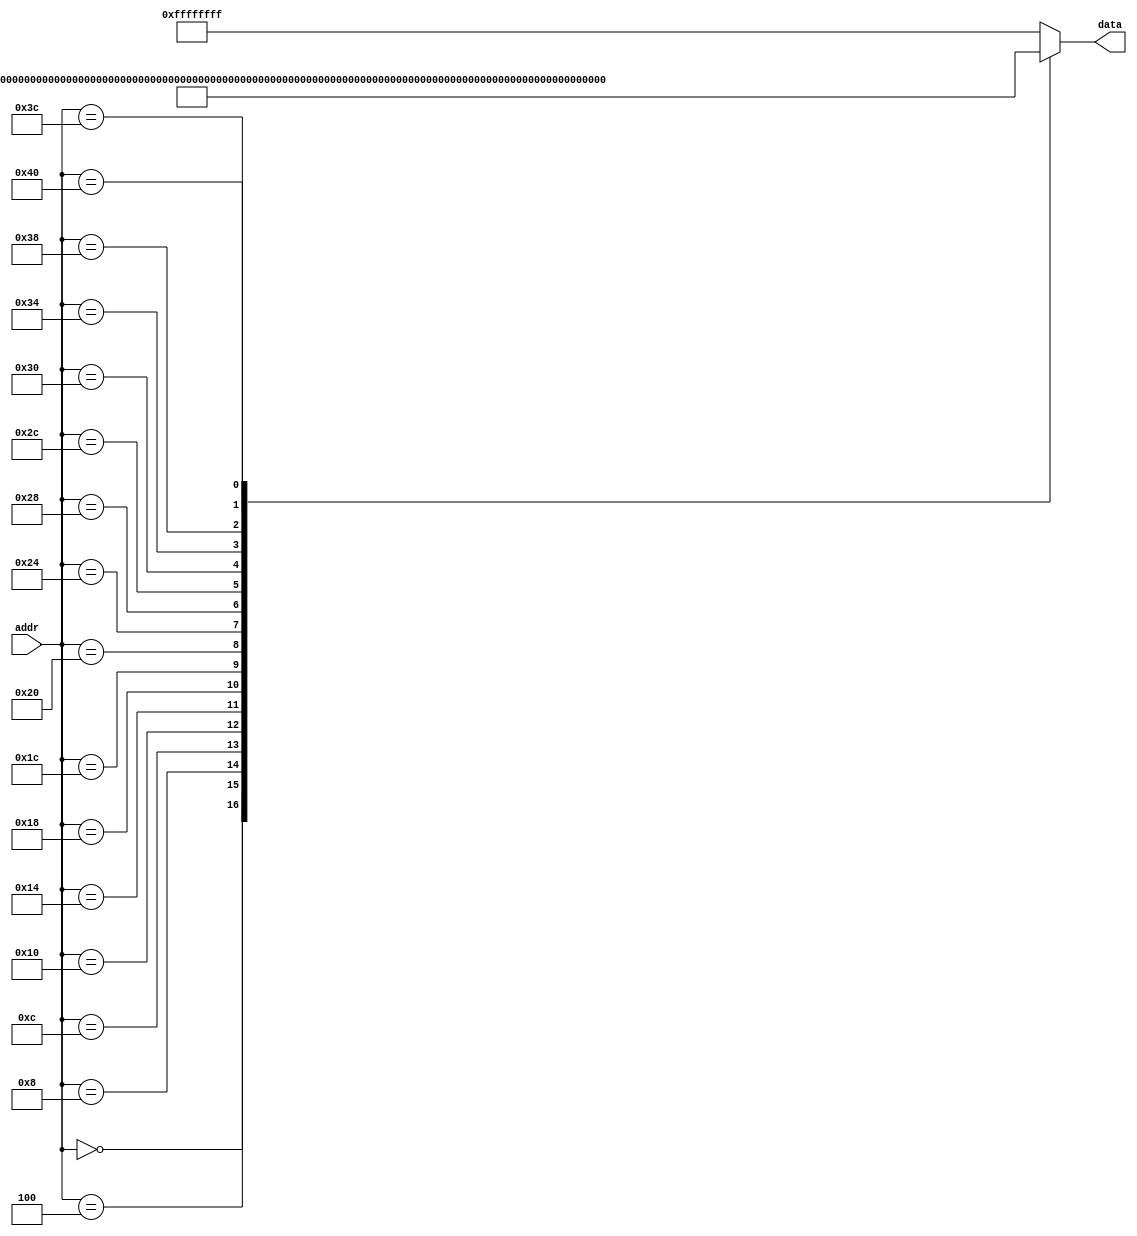
//================================================
//  University  : UIT - www.uit.edu.vn
//  Course name : System-on-Chip Design
//  Lab name    : lab3
//  Version     : 1.0
//-------------------------------------------------
// Modification History
//
//================================================
module rom(
//input
addr,
//output
data
);

input [31:0] addr;
output [31:0] data;

reg [31:0] data;
`define ADD 6'b100000
`define SUB 6'b100010
`define OP_0 6'h0
`define LW 6'b100011
//
//reg [31:0] mem [0:1023];
//assign data = mem[addr];
//op-6bit|rd-5bit|rt-5bit|rs-5bit|shamt-5bit|function-6bit|
//ADD R3,R2,R1;
//SUB R4,R3,R7;
//LW  R8,4(R3);

always @(*) begin
    case(addr)
//        //32'h00000000: data = 32'b00000001001010101010000000100000;
//        32'h00000000: data = {`OP_0,3,2,1,0,`ADD};
//        //32'h00000004: data = 32'b00000001001010101010000000100000;
//        32'h00000004: data = {`OP_0,4,3,7,0,`SUB};
//        //32'h00000008: data = 32'b00000001001010101010000000100000;
//        32'h00000008: data = {`LW,3,8,4};
//        32'h0000000c: data = 32'b00000001001010101010000000100000;
//        32'h00000010: data = 32'b00000001001010101010000000100000;
//        32'h00000014: data = 32'b10101111101001000000000000000000;
//        32'h00000018: data = 32'b10001111101010000000000000000000;
//        32'h0000001c: data = 32'b00010000001000000000000000000011;
        32'h00000000: data = 32'b00111100000000100000000000000101;
        32'h00000004: data = 32'b00111100000000110000000000001101;
        32'h00000008: data = 32'b00100000000001000000000000010011;
        32'h0000000c: data = 32'b00100000000001010000000000001100;
        32'h00000010: data = 32'b00100000000011011111111010011100;
        32'h00000014: data = 32'b00000000010000110000100000100000;
        32'h00000018: data = 32'b00000000011000100011000000100010;
        32'h0000001c: data = 32'b10101100101000110000000000000000;
        32'h00000020: data = 32'b00000000010000110011100000100100;
        32'h00000024: data = 32'b00000000010000110100000000100101;
        32'h00000028: data = 32'b00000000010000110100100000101010;
        32'h0000002c: data = 32'b00000001101000110110000000101010;
        32'h00000030: data = 32'b10001100101010100000000000000000;
        32'h00000034: data = 32'b10101100101000010000000000000000;
        32'h00000038: data = 32'b00100000000001000000000001111001;
        32'h0000003c: data = 32'b00010001010000110000000000000001;
        32'h00000040: data = 32'b00100000000010110000000000001111;
//        32'h00000038: data = ;
//        32'h0000003c: data = ;
        //insert your instructions here
        default: data = 32'hFFFF_FFFF;
    endcase

end

endmodule